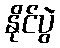
နိုင်ပွဲ